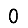
Digit: 0